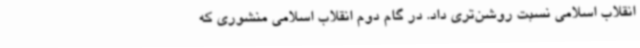
انقلاب اسلامی نسبت روشن‌تری داد. در گام دوم انقلاب اسلامی منشوری که